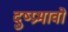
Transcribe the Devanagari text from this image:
दुष्प्रभावो